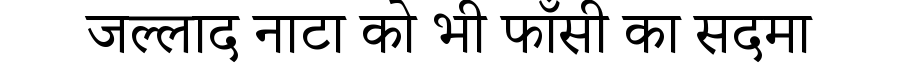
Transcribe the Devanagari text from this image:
जल्लाद नाटा को भी फाँसी का सदमा